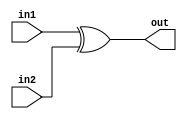
module add_round_key (
    output  wire   [7:0]   out,
    input   wire   [7:0]   in1, in2
);

assign out = in1 ^ in2;

endmodule